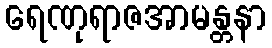
ရေဏုရာဇအာမန္တနာ